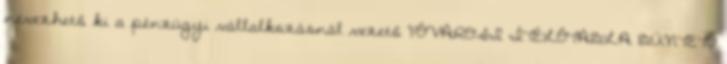
nevezhető ki a pénzügyi vállalkozásnál vezető FŐVÁROSI ÍTÉLŐTÁBLA BÜNTETŐ